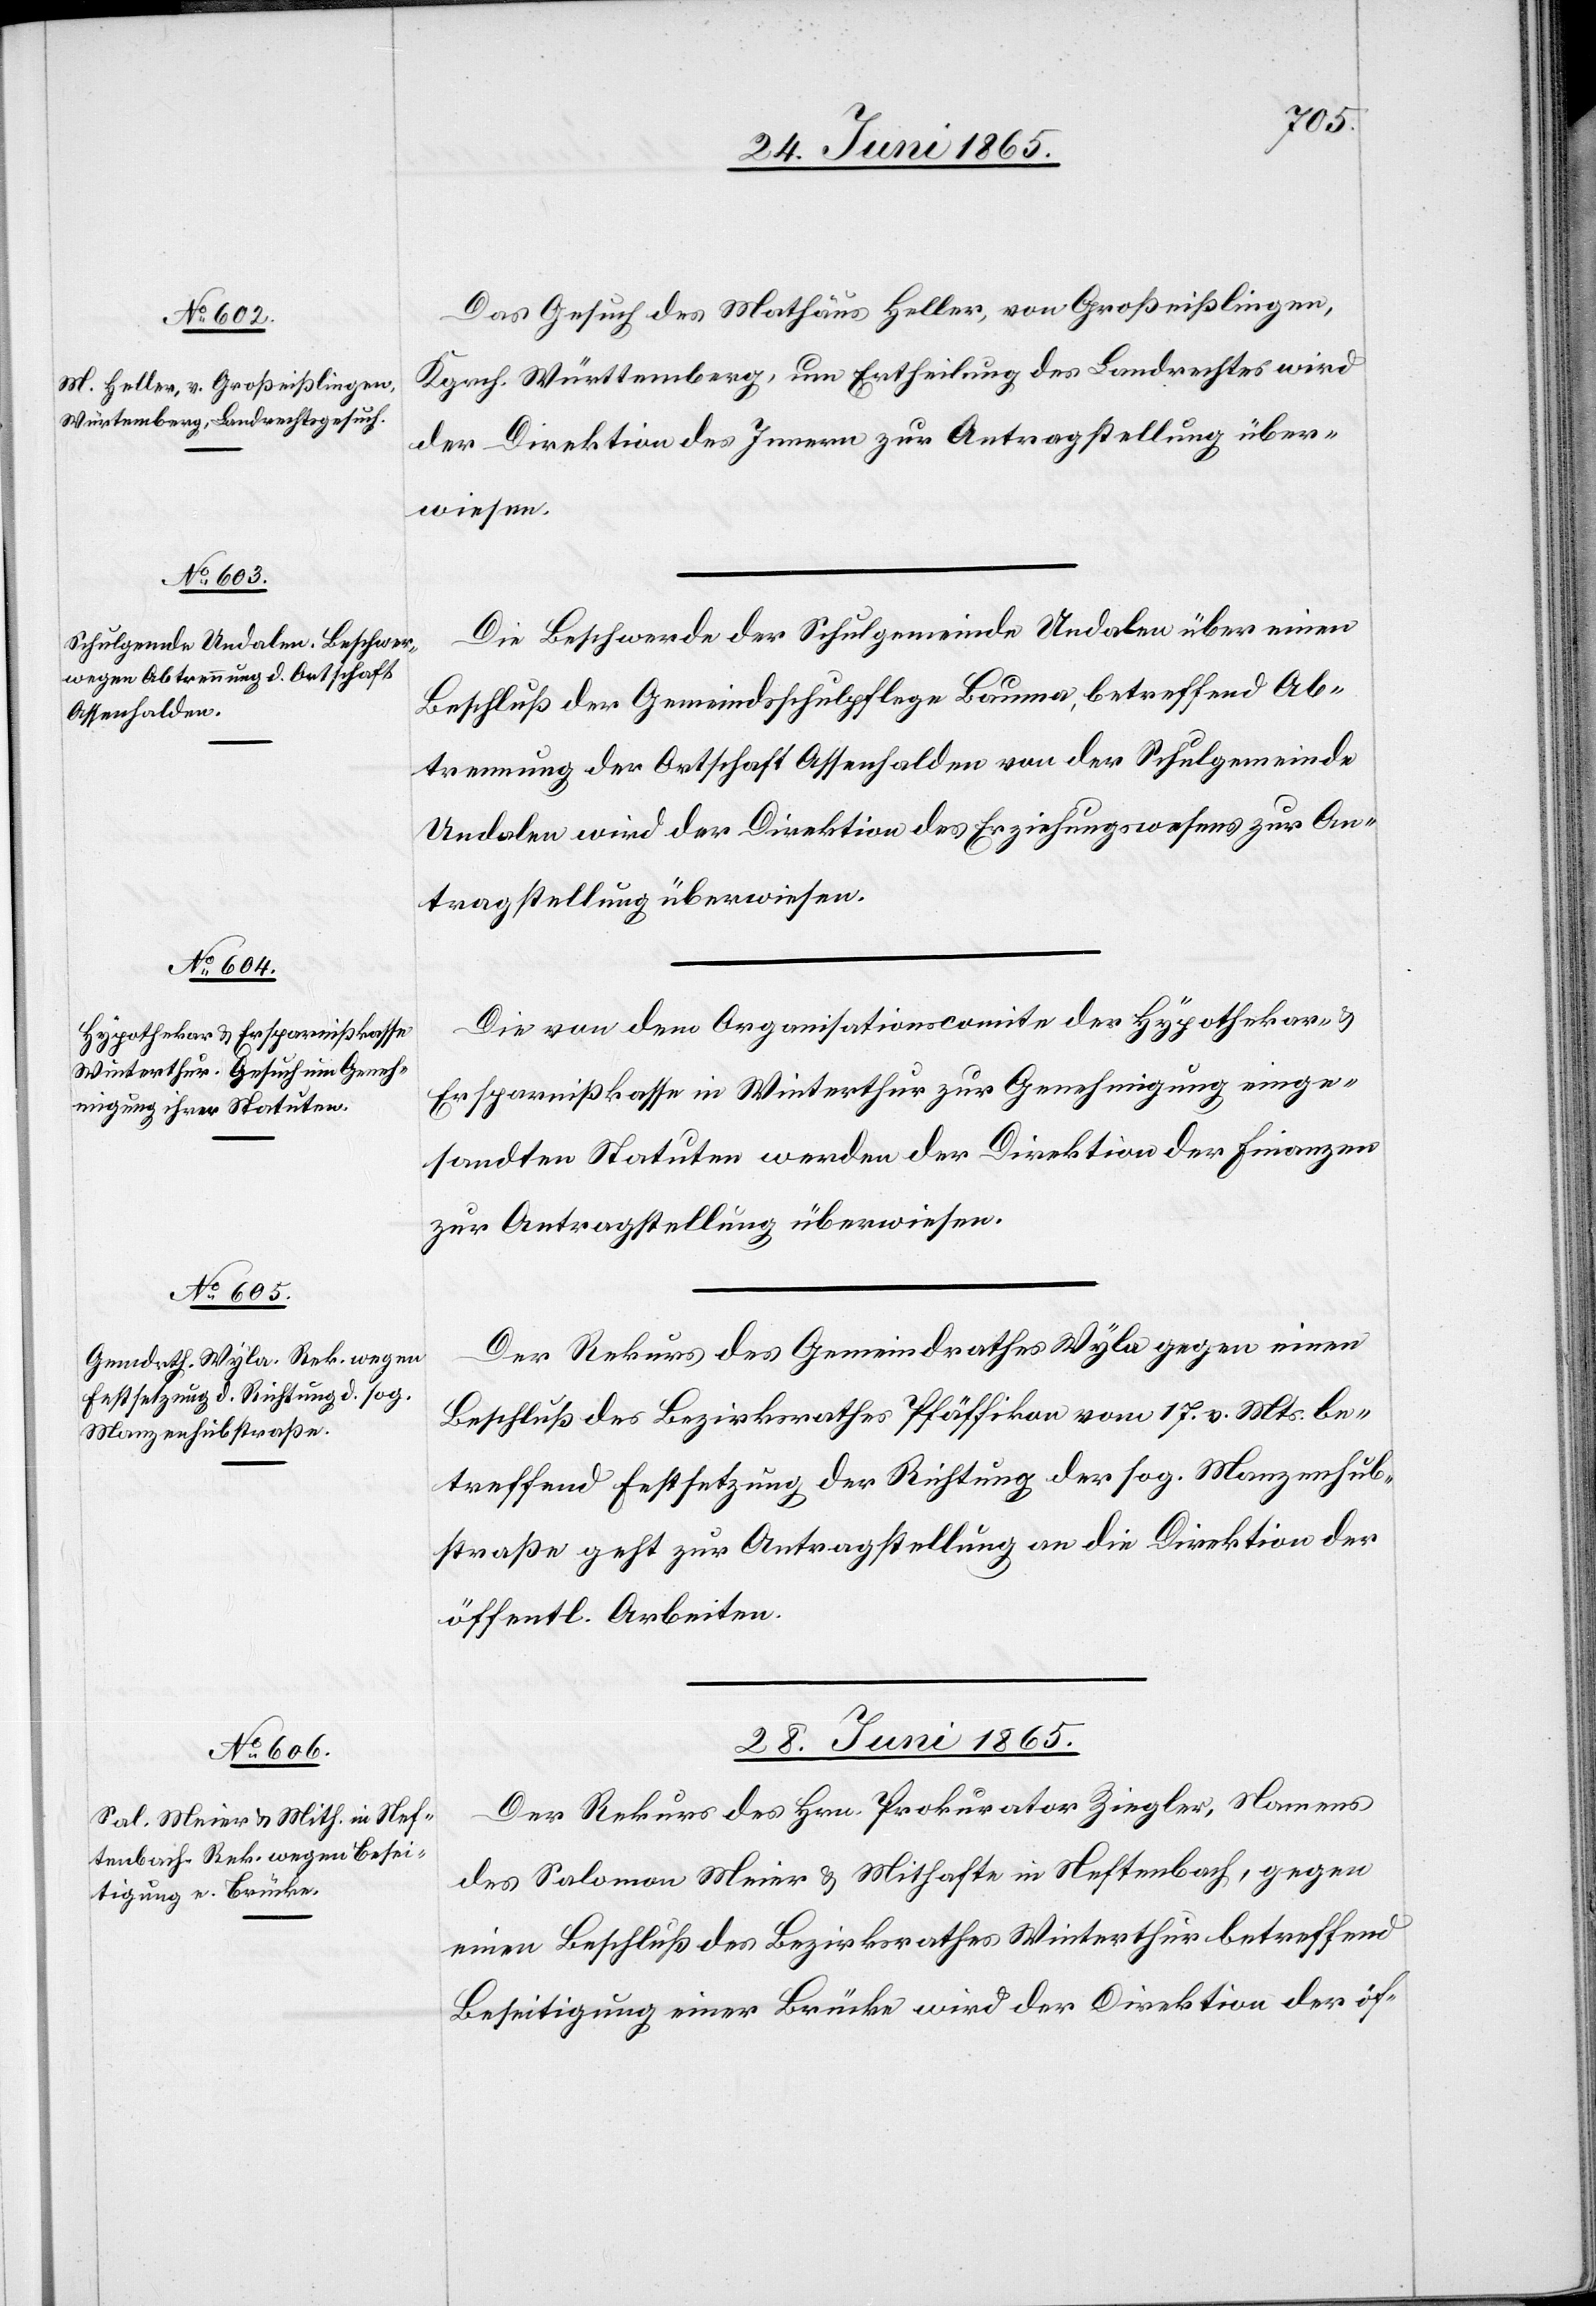
Das Gesuch des Mathäus Heller, von Großeißlingen,
Kgrch. Württemberg, um Ertheilung des Landrechtes wird
der Direktion des Innern zur Antragstellung über¬
wiesen.
Die Beschwerde der Schulgemeinde Undalen über einen
Beschluß der Gemeindsschulpflege Bauma, betreffend Ab¬
trennung der Ortschaft Assenhalden von der Schulgemeinde
Undalen wird der Direktion des Erziehungswesens zur An¬
tragstellung überwiesen.
Die von dem Organisationscomite der Hypothekar- &
Ersparnißkasse in Winterthur zur Genehmigung einge¬
sandten Statuten werden der Direktion der Finanzen
zur Antragstellung überwiesen.
Der Rekurs des Gemeindrathes Wyla gegen einen
Beschluß des Bezirksrathes Pfäffikon vom 17. v. Mts. be¬
treffend Festsetzung der Richtung der sog. Manzenhub¬
straße geht zur Antragstellung an die Direktion der
öffentl. Arbeiten.
28. Juni 1865.
Der Rekurs des Hrn. Prokurator Ziegler, Namens
des Salomon Meier & Mithafte in Neftenbach, gegen
einen Beschluß des Bezirksrathes Winterthur betreffend
Beseitigung einer Brücke wird der Direktion der öf-